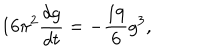
1 6 \pi ^ { 2 } \frac { d g } { d t } = - \frac { 1 9 } { 6 } g ^ { 3 } ,